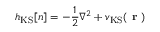
h _ { \mathrm { K S } } [ n ] = - \frac { 1 } { 2 } \nabla ^ { 2 } + v _ { \mathrm { K S } } ( \textbf { r } )